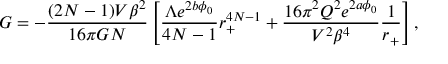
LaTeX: { \cal G } = - \frac { ( 2 N - 1 ) V \beta ^ { 2 } } { 1 6 \pi G N } \left[ \frac { \Lambda e ^ { 2 b \phi _ { 0 } } } { 4 N - 1 } r _ { + } ^ { 4 N - 1 } + \frac { 1 6 \pi ^ { 2 } Q ^ { 2 } e ^ { 2 a \phi _ { 0 } } } { V ^ { 2 } \beta ^ { 4 } } \frac { 1 } { r _ { + } } \right] ,